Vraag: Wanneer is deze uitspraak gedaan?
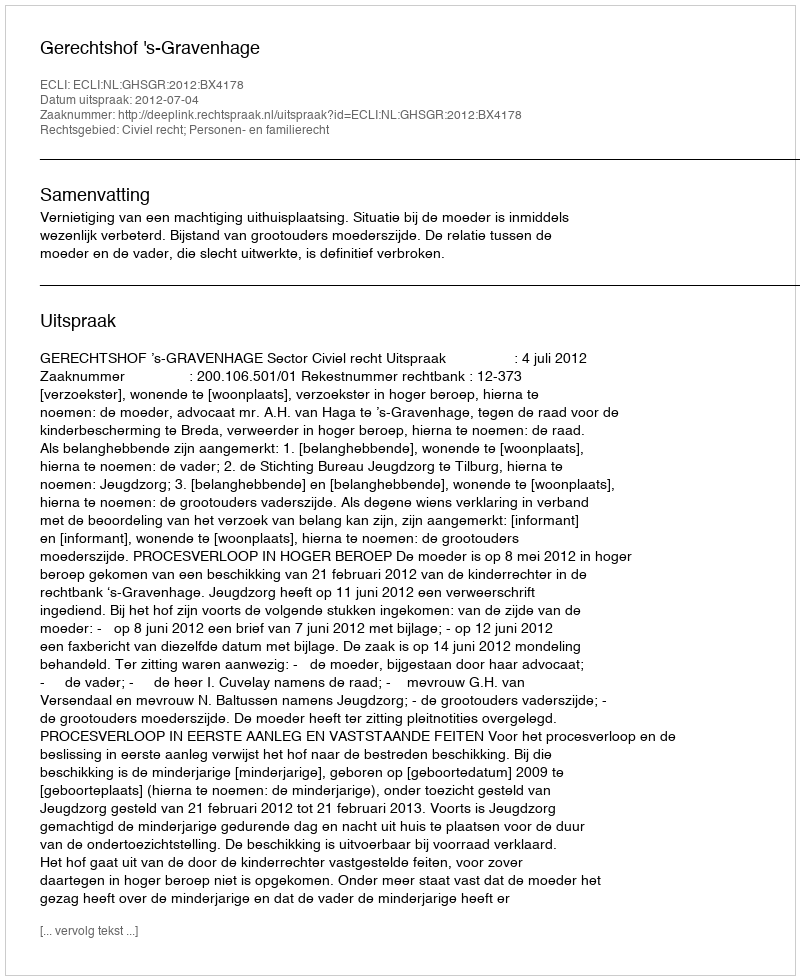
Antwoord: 2012-07-04